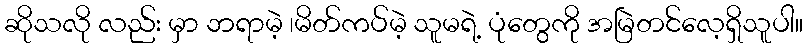
ဆိုသလို လည်း မှာ ဘရာမဲ့ ၊မိတ်ကပ်မဲ့ သူမရဲ့ ပုံတွေကို အမြဲတင်လေ့ရှိသူပါ။